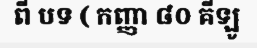
ពី បទ ( កញ្ញា ៨០ គីឡូ